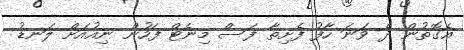
އެގޮތުން ދެ ވަނަ ހާފު ފެށިތާ ފަސް މިނެޓް ފަހުން ނިއުއަށް ލަނޑު